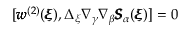
[ { \pmb w } ^ { ( 2 ) } ( { \pmb \xi } ) , \Delta _ { \xi } \nabla _ { \gamma } \nabla _ { \beta } { \pmb S } _ { \alpha } ( { \pmb \xi } ) ] = 0